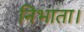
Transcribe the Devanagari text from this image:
निभाता।